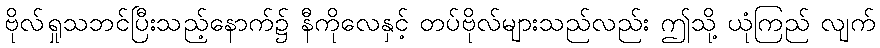
ဗိုလ်ရှုသဘင်ပြီးသည့်နောက်၌ နီကိုလေနှင့် တပ်ဗိုလ်များသည်လည်း ဤသို့ ယုံကြည် လျက်